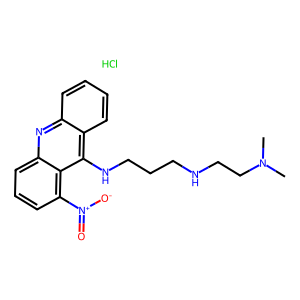
SMILES: CN(C)CCNCCCNc1c2ccccc2nc2cccc([N+](=O)[O-])c12.Cl
Inhibits HIV replication: No